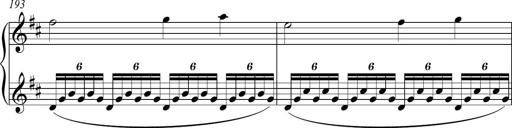
Title: Piano Sonatina in A major
Composer: Z Q Sysmoebius
Key: A major